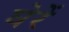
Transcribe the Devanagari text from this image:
घेरें